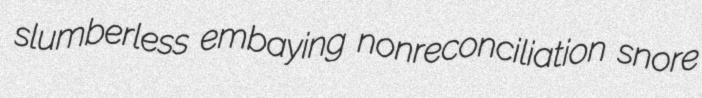
slumberless embaying nonreconciliation snore